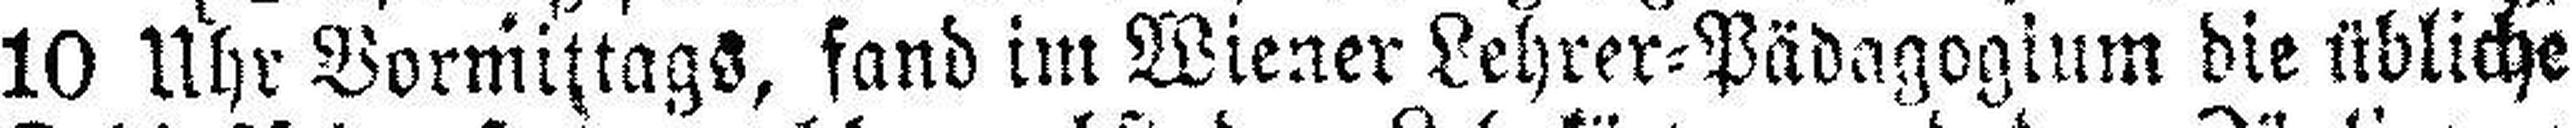
10 Uhr Vormittags, fand im Wiener Lehrer=Pädagogium die übliche